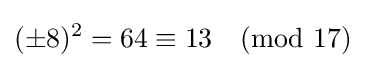
(\pm 8)^{2}=64\equiv 13{\pmod {17}}